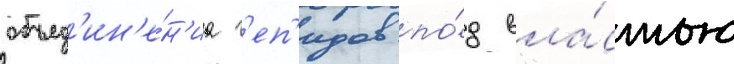
объед'ин'е́н'иа г'еп'идов по́д вла́стью